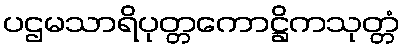
ပဌမသာရိပုတ္တကောဋ္ဌိကသုတ္တံ